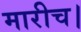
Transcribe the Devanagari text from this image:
मारीच।